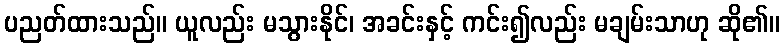
ပညတ်ထားသည်။ ယူလည်း မသွားနိုင်၊ အခင်းနှင့် ကင်း၍လည်း မချမ်းသာဟု ဆို၏။